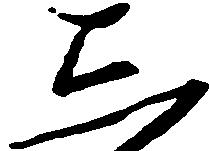
し